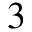
3